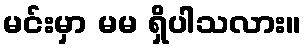
မင်းမှာ မမ ရှိပါသလား။